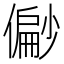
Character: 𫣪